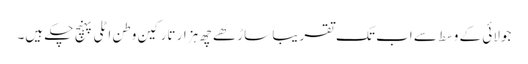
جولائی کے وسط سے اب تک تقریباً ساڑھے چھ ہزار تارکین وطن اٹلی پہنچ چکے ہیں۔